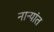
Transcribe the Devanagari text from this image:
नान्यांत